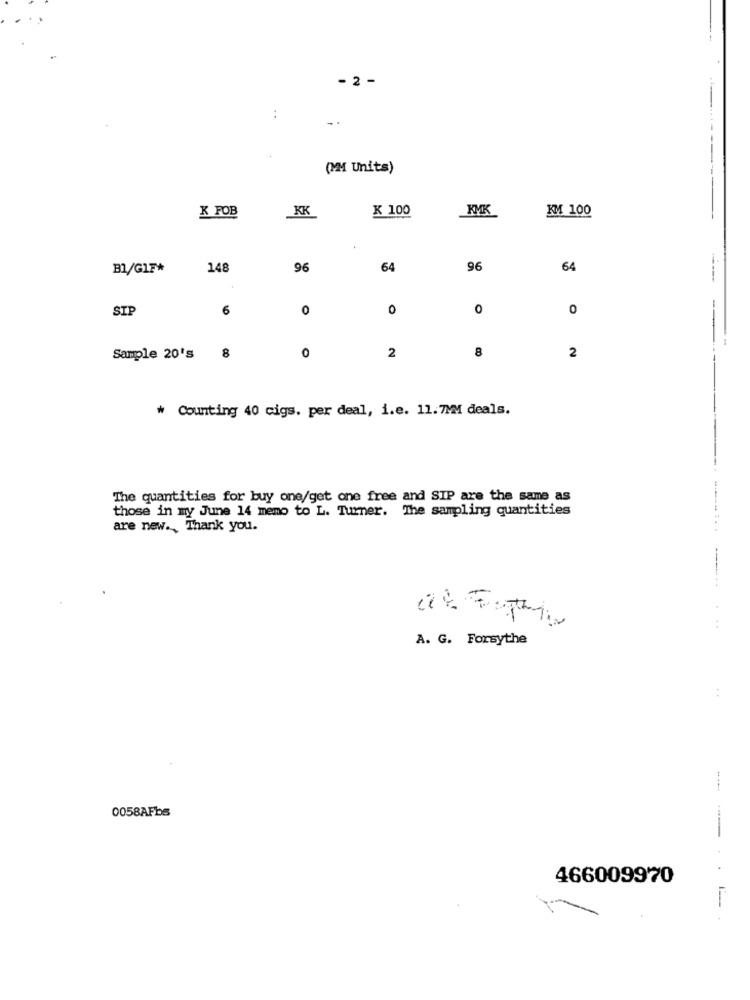
- 2 -
:
(MMM Units)
K 100
KYK
KM 100
K FOB
KK
B1/GIF*
148
96
64
96
64
SIP
6
0
0
0
0
2
8
Sample 20's
8
0
2
* Counting 40 cigs. per deal, i.e. 11.7MM deals.
The quantities for buy one/get one free and SIP are the same as
those in my June 14 memo to L. Turner. The sampling quantities
are new ., Thank you.
A. G. Forsythe
:
0058AFbs
466009970
----- --